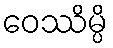
ဝေဿိမ္ပိ